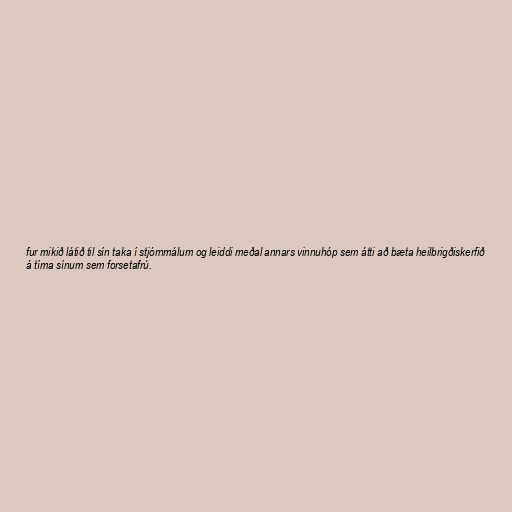
fur mikið látið til sín taka í stjórnmálum og leiddi meðal annars vinnuhóp sem átti að bæta heilbrigðiskerfið
á tíma sínum sem forsetafrú.